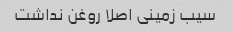
سیب زمینی اصلا روغن نداشت